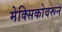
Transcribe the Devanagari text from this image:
मेक्सिकोवरून